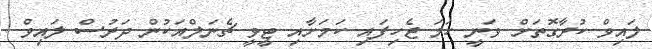
ލައިވް ކުރާގޮތަށް ވަނީ ހަމަ ޖެހިފައި ކަމަށާއި ޓީވީ ޗެނަލްއަކުން ދަރުސް ލައިވް